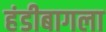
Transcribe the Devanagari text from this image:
हंडीबागला